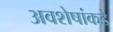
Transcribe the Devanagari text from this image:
अवशेषांकडे